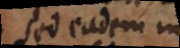
Sed eadem in